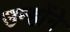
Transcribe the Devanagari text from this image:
उन्हाेंने